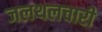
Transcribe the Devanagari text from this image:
जलथलचारी